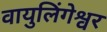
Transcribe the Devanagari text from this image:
वायुलिंगेश्वर